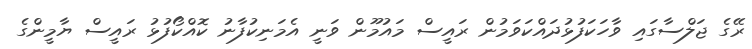
ރޭގެ ޖަލްސާގައި ވާހަކަފުޅުދައްކަވަމުން ރައީސް މައުމޫން ވަނީ އެމަނިކުފާނު ކޮއްކޯފުޅު ރައީސް ޔާމީންގެ